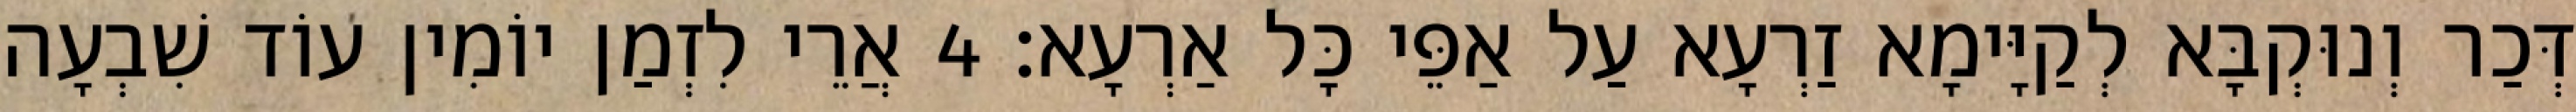
דְּכַר וְנוּקְבָּא לְקַיָּימָא זַרְעָא עַל אַפֵּי כָּל אַרְעָא׃ 4 אֲרֵי לִזְמַן יוֹמִין עוֹד שִׁבְעָה